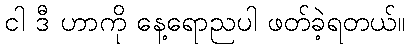
ငါ ဒီ ဟာကို နေ့ရောညပါ ဖတ်ခဲ့ရတယ်။